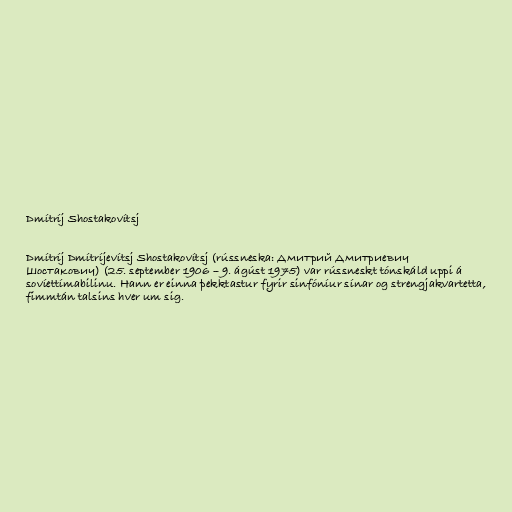
Dmítríj Shostakovítsj

Dmítríj Dmítríjevítsj Shostakovítsj (rússneska: Дмитрий Дмитриевич
Шостакович) (25. september 1906 – 9. ágúst 1975) var rússneskt tónskáld uppi á
sovíettímabilinu. Hann er einna þekktastur fyrir sinfóníur sínar og strengjakvartetta,
fimmtán talsins hver um sig.